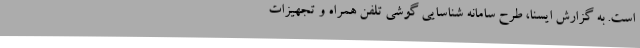
است. به گزارش ایسنا، طرح سامانه شناسایی گوشی تلفن همراه و تجهیزات